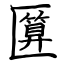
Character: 匴